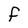
Character: F